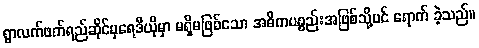
ရွာလက်ဖက်ရည်ဆိုင်မှရေဒီယိုမှာ မရှိမဖြစ်သော အဓိကပစ္စည်းအဖြစ်သို့ပင် ရောက် ခဲ့သည်။